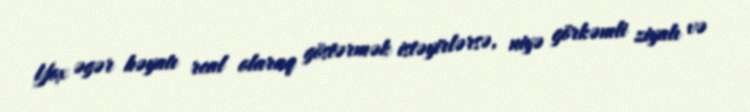
Yox əgər həyatı real olaraq göstərmək istəyirlərsə, niyə görkəmli ziyalı və